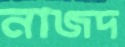
নাজদ